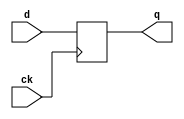
`timescale 1ns / 1ps
//////////////////////////////////////////////////////////////////////////////////
// Company: 
// Engineer: 
// 
// Design Name: 
// Module Name:    FF_13 
// Project Name: 
// Target Devices: 
// Tool versions: 
// Description: 
//
// Dependencies: 
//
// Revision: 
// Revision 0.01 - File Created
// Additional Comments: 
//
//////////////////////////////////////////////////////////////////////////////////
module FF_13(
	input ck,d,
	output reg q
	);
	
always @ (posedge ck )
	q <= d;
endmodule